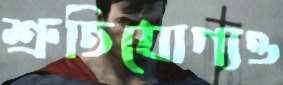
শ্রুতিযোগ্যও